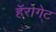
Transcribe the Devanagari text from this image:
हॅरोगेट